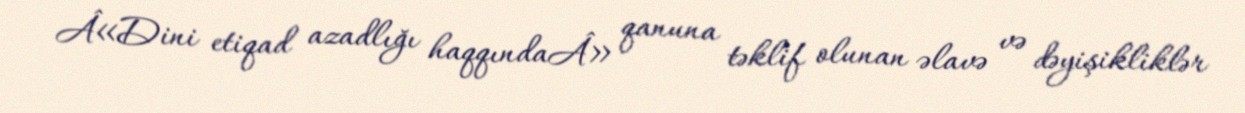
Â«Dini etiqad azadlığı haqqındaÂ» qanuna təklif olunan əlavə və dəyişikliklər